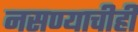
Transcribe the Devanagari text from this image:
नसण्याचीही